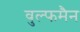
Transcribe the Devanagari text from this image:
वुल्फमैन